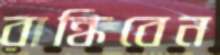
রান্ধিবেন